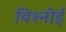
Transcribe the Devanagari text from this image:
बिश्‍नोई